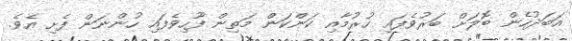
އަބަދުހެން ބޮލަށް ބަރުވެފައި ހުރުމާއި ކަންކަން މަތިން ފޫހިވެފައި ހުންނަން ފެށި އެވެ.